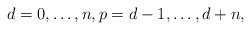
\begin{align*}d=0, \dots,n, p=d-1, \dots , d+n,\end{align*}